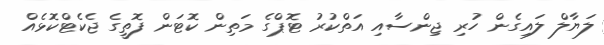
ލަޔާލް ލައިގެން ހުރި ޖިންސާއި އަތްކުރު ޓޮޕްގެ މަތިން ކޮޓަން ފޮތީގެ ޖެކެޓްކޮޅެއް